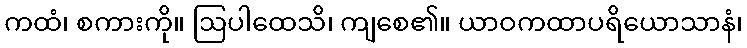
ကထံ၊ စကားကို။ ဩပါထေသိ၊ ကျစေ၏။ ယာဝကထာပရိယောသာနံ၊